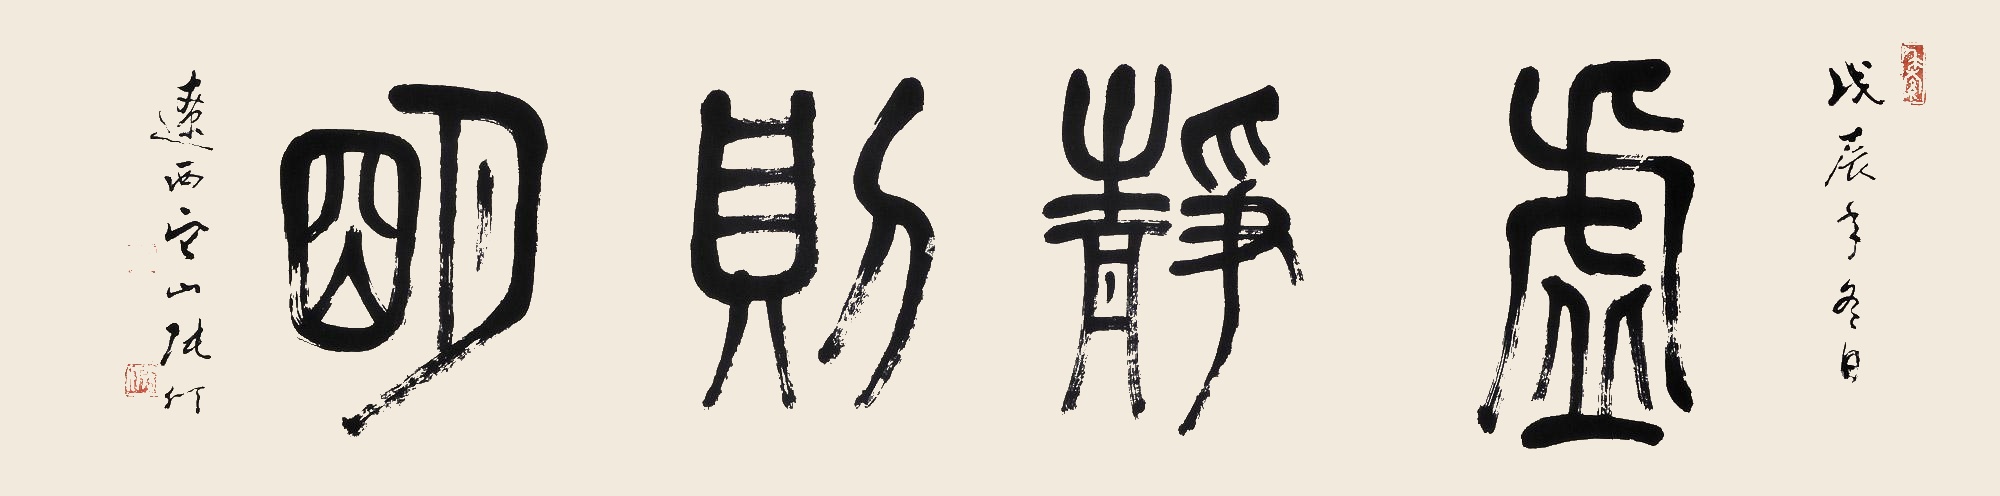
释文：虚静则明戊辰年冬日，辽西它山张仃。